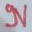
Text: N